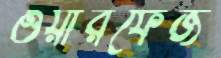
ওয়ারফেজ